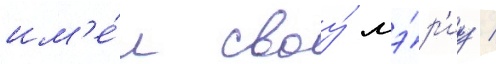
им'е́л своу́ мэ́р'иу /